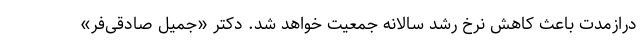
درازمدت باعث کاهش نرخ رشد سالانه جمعیت خواهد شد. دکتر «جمیل صادقی‌فر»